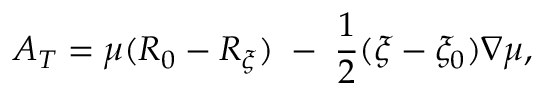
A _ { T } = \mu ( R _ { 0 } - R _ { \xi } ) \; - \; \frac { 1 } { 2 } ( \xi - \xi _ { 0 } ) \nabla \mu ,